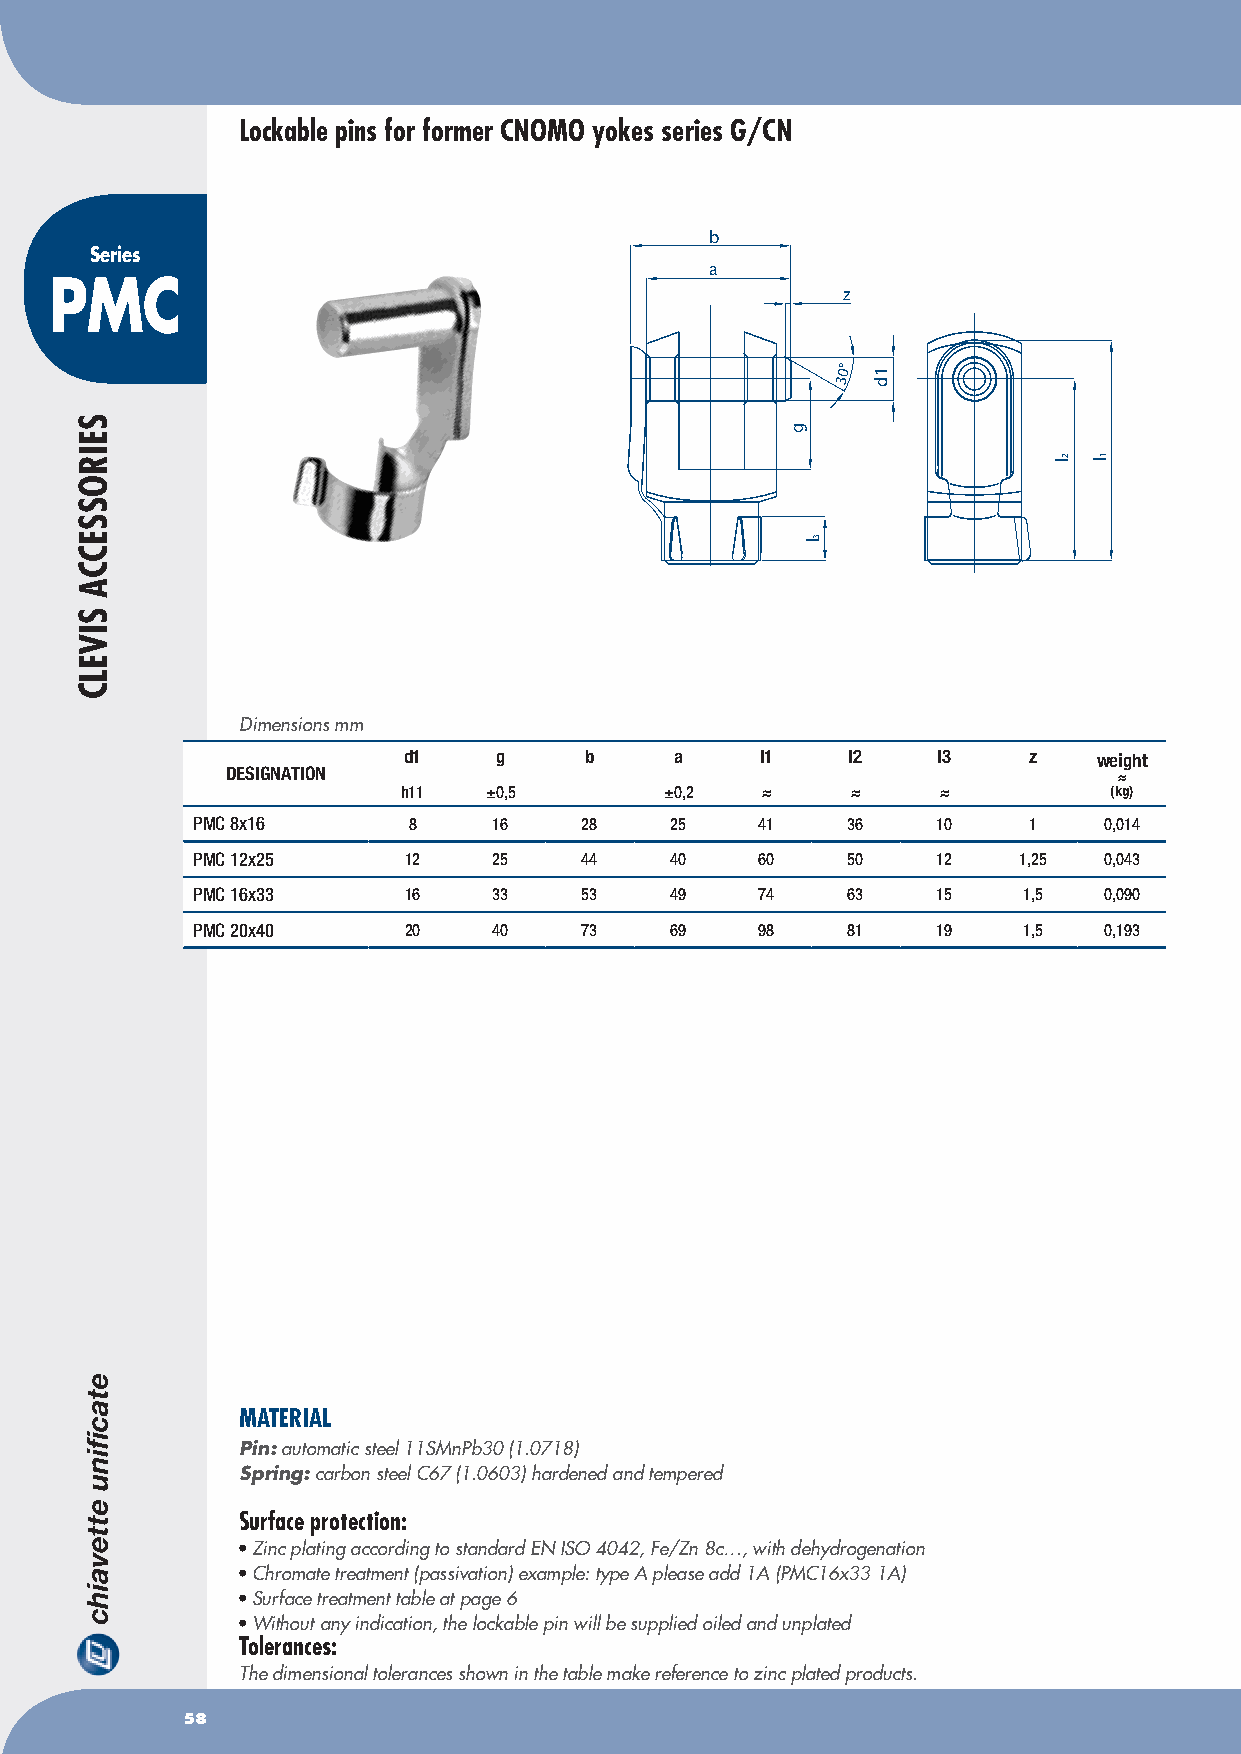
Lockable pins for former CNOMO yokes series G/CN
 b
 Series
 a
 PMC
 z
 0°
 3
 Dimensions mm
 d1    g     b     a    l1    l2    l3    z    weight
 DESIGNATION                                                ≈
 h11  ±0,5        ±0,2  ≈     ≈     ≈          (kg)
 pMC 8x16      8     16    28   25    41    36    10    1    0,014
 pMC 12x25     12    25    44   40    60    50    12   1,25  0,043
 pMC 16x33     16    33    53   49    74    63    15    1,5  0,090
 pMC 20x40     20    40    73   69    98    81    19    1,5  0,193
 MATERIAL
 Pin: automatic steel 11SMnPb30 (1.0718)
 Spring: carbon steel C67 (1.0603) hardened and tempered
 Surface protection:
 • Zinc plating according to standard EN ISO 4042, Fe/Zn 8c…, with dehydrogenation
 • Chromate treatment (passivation) example: type A please add 1A (PMC16x33 1A)
 • Surface treatment table at page 6
 • Without any indication, the lockable pin will be supplied oiled and unplated
 Tolerances:
 The dimensional tolerances shown in the table make reference to zinc plated products.
 58
 SEIROSSECCA
 SIVELC
 g
 l 3
 1d
 l 2 l 1